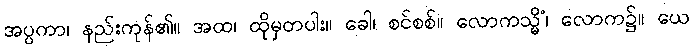
အပ္ပကာ၊ နည်းကုန်၏။ အထ၊ ထိုမှတပါး။ ခေါ၊ စင်စစ်။ လောကသ္မိံ၊ လောက၌။ ယေ